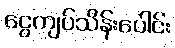
ငွေကျပ်သိန်းပေါင်း